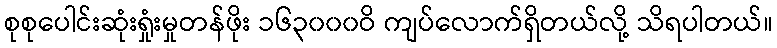
စုစုပေါင်းဆုံးရှုံးမှုတန်ဖိုး ၁၆၃၀၀၀ဝိ ကျပ်လောက်ရှိတယ်လို့ သိရပါတယ်။